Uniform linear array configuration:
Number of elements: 4
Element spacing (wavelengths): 0.75
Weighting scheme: cosine
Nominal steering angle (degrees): -60
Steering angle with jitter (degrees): -59.03
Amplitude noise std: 0.05
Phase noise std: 0.05

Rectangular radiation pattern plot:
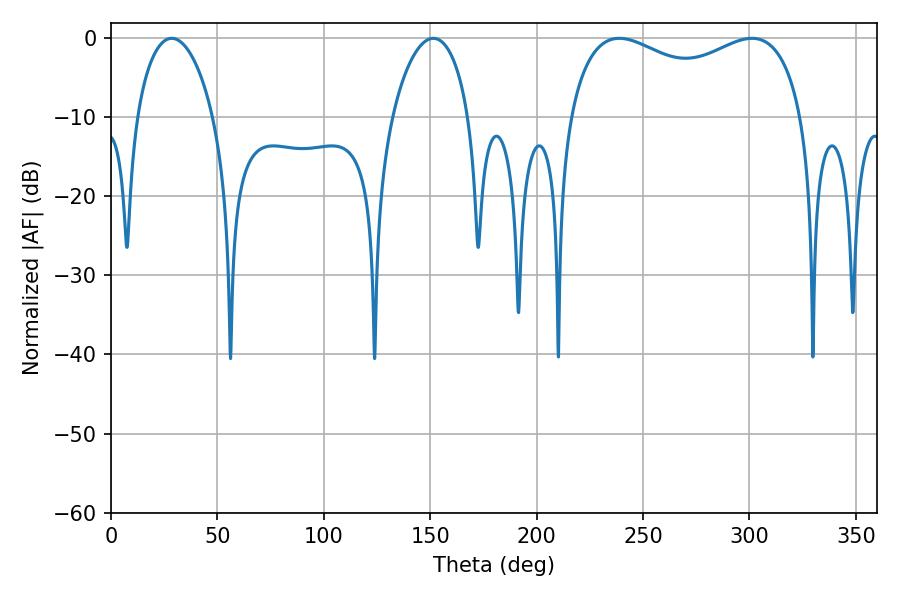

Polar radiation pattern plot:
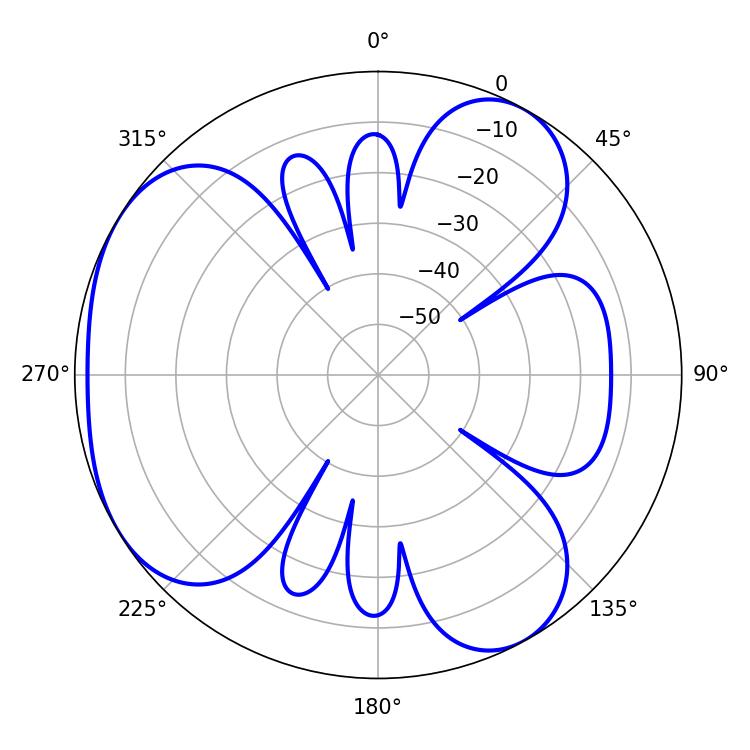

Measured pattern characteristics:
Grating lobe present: TRUE
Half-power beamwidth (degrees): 91.08
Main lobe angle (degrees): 238.86